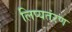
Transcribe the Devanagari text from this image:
लिप्यतंरण